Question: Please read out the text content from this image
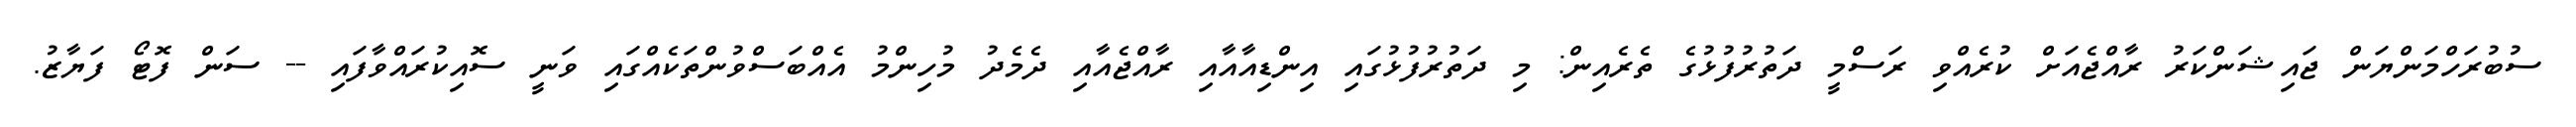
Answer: ސުބުރަހްމަންޔަން ޖައިޝަންކަރު ރާއްޖެއަށް ކުރެއްވި ރަސްމީ ދަތުރުފުޅުގެ ތެރެއިން: މި ދަތުރުފުޅުގައި އިންޑިއާއާއި ރާއްޖެއާއި ދެމެދު މުހިންމު އެއްބަސްވުންތަކެއްގައި ވަނީ ސޮއިކުރައްވާފައި -- ސަން ފޮޓޯ ފަޔާޒު.